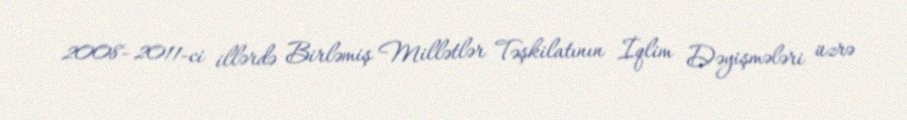
2008–2011-ci illərdə Birləmiş Millətlər Təşkilatının İqlim Dəyişmələri üzrə